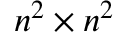
n ^ { 2 } \times n ^ { 2 }